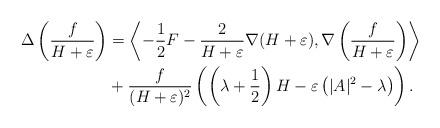
LaTeX: \begin{align*}\begin{aligned} \Delta\left(\frac{f}{H+\varepsilon}\right)& = \left \langle - \frac{1}{2} F - \frac{2}{H+\varepsilon} \nabla (H+\varepsilon), \nabla\left(\frac{f}{H+\varepsilon}\right)\right\rangle\\ & + \frac{f}{(H+\varepsilon)^2} \left(\left(\lambda + \frac{1}{2}\right)H - \varepsilon \left( |A|^2 - \lambda\right)\right).\end{aligned}\end{align*}